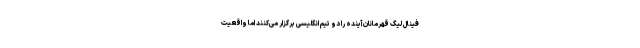
فینال لیگ قهرمانان آینده را دو تیم انگلیسی برگزار می‌کنند اما واقعیت